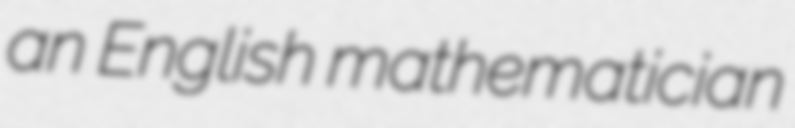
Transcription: an English mathematician